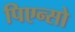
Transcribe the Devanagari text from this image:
पिएन्सो